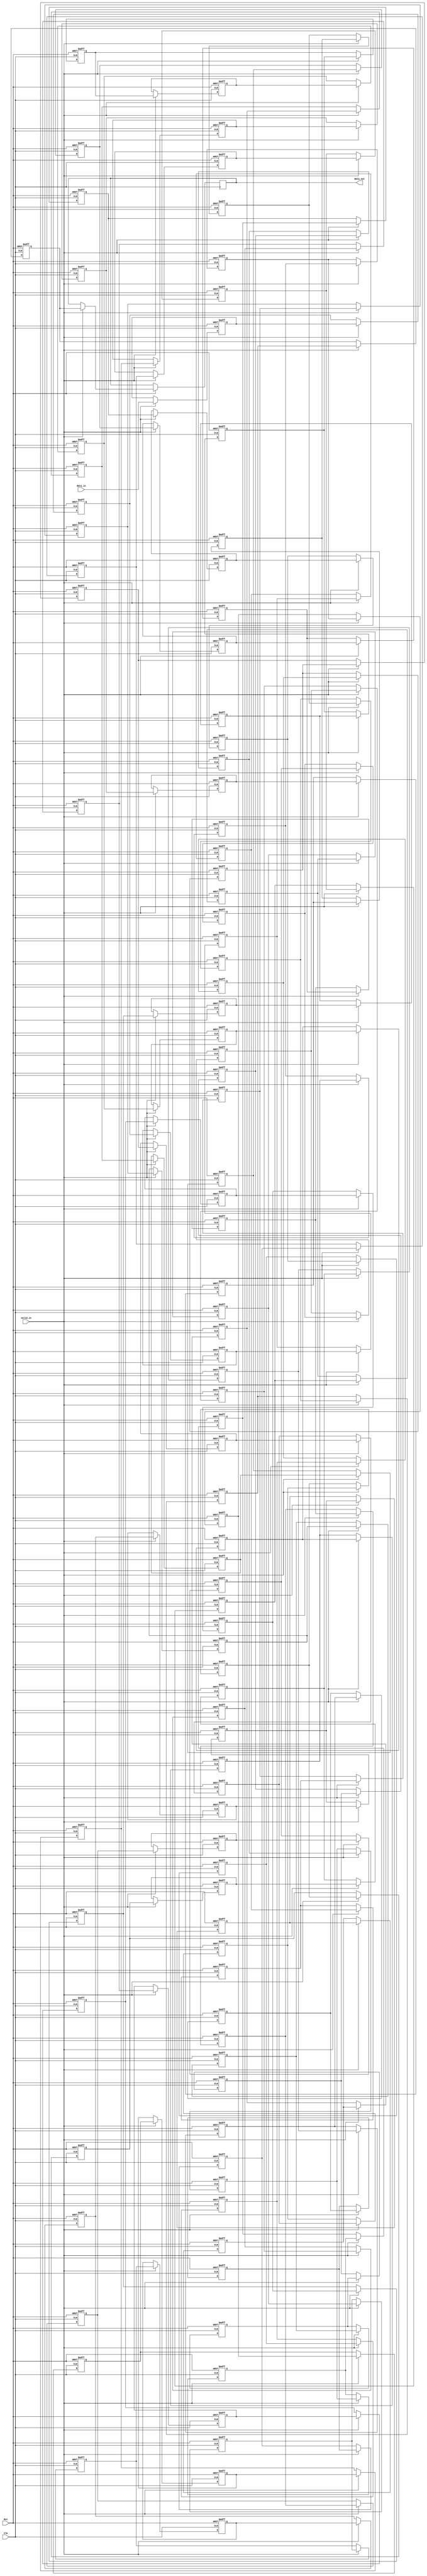
module LineBuffer(data_in, data_out, Clk, valid_in, Rst);
    parameter DATA_WIDTH = 8;
    parameter BUFFER_DEPTH = 97;

    input  Clk, valid_in, Rst;
    input  [DATA_WIDTH - 1:0] data_in;

    output reg [DATA_WIDTH - 1:0] data_out;

	reg [DATA_WIDTH - 1:0] Buffer [BUFFER_DEPTH - 1:0];
	 
    always @ (posedge Clk or negedge Rst) begin
        if (!Rst) begin
            Buffer[0] <= 0;
            Buffer[1] <= 0;
            Buffer[2] <= 0;
            Buffer[3] <= 0;
            Buffer[4] <= 0;
            Buffer[5] <= 0;
            Buffer[6] <= 0;
            Buffer[7] <= 0;
            Buffer[8] <= 0;
            Buffer[9] <= 0;
            Buffer[10] <= 0;
            Buffer[11] <= 0;
            Buffer[12] <= 0;
            Buffer[13] <= 0;
            Buffer[14] <= 0;
            Buffer[15] <= 0;
            Buffer[16] <= 0;
            Buffer[17] <= 0;
            Buffer[18] <= 0;
            Buffer[19] <= 0;
            Buffer[20] <= 0;
            Buffer[21] <= 0;
            Buffer[22] <= 0;
            Buffer[23] <= 0;
            Buffer[24] <= 0;
            Buffer[25] <= 0;
            Buffer[26] <= 0;
            Buffer[27] <= 0;
            Buffer[28] <= 0;
            Buffer[29] <= 0;
            Buffer[30] <= 0;
            Buffer[31] <= 0;
            Buffer[32] <= 0;
            Buffer[33] <= 0;
            Buffer[34] <= 0;
            Buffer[35] <= 0;
            Buffer[36] <= 0;
            Buffer[37] <= 0;
            Buffer[38] <= 0;
            Buffer[39] <= 0;
            Buffer[40] <= 0;
            Buffer[41] <= 0;
            Buffer[42] <= 0;
            Buffer[43] <= 0;
            Buffer[44] <= 0;
            Buffer[45] <= 0;
            Buffer[46] <= 0;
            Buffer[47] <= 0;
            Buffer[48] <= 0;
            Buffer[49] <= 0;
            Buffer[50] <= 0;
            Buffer[51] <= 0;
            Buffer[52] <= 0;
            Buffer[53] <= 0;
            Buffer[54] <= 0;
            Buffer[55] <= 0;
            Buffer[56] <= 0;
            Buffer[57] <= 0;
            Buffer[58] <= 0;
            Buffer[59] <= 0;
            Buffer[60] <= 0;
            Buffer[61] <= 0;
            Buffer[62] <= 0;
            Buffer[63] <= 0;
            Buffer[64] <= 0;
            Buffer[65] <= 0;
            Buffer[66] <= 0;
            Buffer[67] <= 0;
            Buffer[68] <= 0;
            Buffer[69] <= 0;
            Buffer[70] <= 0;
            Buffer[71] <= 0;
            Buffer[72] <= 0;
            Buffer[73] <= 0;
            Buffer[74] <= 0;
            Buffer[75] <= 0;
            Buffer[76] <= 0;
            Buffer[77] <= 0;
            Buffer[78] <= 0;
            Buffer[79] <= 0;
            Buffer[80] <= 0;
            Buffer[81] <= 0;
            Buffer[82] <= 0;
            Buffer[83] <= 0;
            Buffer[84] <= 0;
            Buffer[85] <= 0;
            Buffer[86] <= 0;
            Buffer[87] <= 0;
            Buffer[88] <= 0;
            Buffer[89] <= 0;
            Buffer[90] <= 0;
            Buffer[91] <= 0;
            Buffer[92] <= 0;
            Buffer[93] <= 0;
            Buffer[94] <= 0;
            Buffer[95] <= 0;
            Buffer[96] <= 0;
        end else
        if (valid_in) begin
            data_out <= Buffer[BUFFER_DEPTH - 1];
            
            Buffer[1] <= Buffer[0];
            Buffer[2] <= Buffer[1];
            Buffer[3] <= Buffer[2];
            Buffer[4] <= Buffer[3];
            Buffer[5] <= Buffer[4];
            Buffer[6] <= Buffer[5];
            Buffer[7] <= Buffer[6];
            Buffer[8] <= Buffer[7];
            Buffer[9] <= Buffer[8];
            Buffer[10] <= Buffer[9];
            Buffer[11] <= Buffer[10];
            Buffer[12] <= Buffer[11];
            Buffer[13] <= Buffer[12];
            Buffer[14] <= Buffer[13];
            Buffer[15] <= Buffer[14];
            Buffer[16] <= Buffer[15];
            Buffer[17] <= Buffer[16];
            Buffer[18] <= Buffer[17];
            Buffer[19] <= Buffer[18];
            Buffer[20] <= Buffer[19];
            Buffer[21] <= Buffer[20];
            Buffer[22] <= Buffer[21];
            Buffer[23] <= Buffer[22];
            Buffer[24] <= Buffer[23];
            Buffer[25] <= Buffer[24];
            Buffer[26] <= Buffer[25];
            Buffer[27] <= Buffer[26];
            Buffer[28] <= Buffer[27];
            Buffer[29] <= Buffer[28];
            Buffer[30] <= Buffer[29];
            Buffer[31] <= Buffer[30];
            Buffer[32] <= Buffer[31];
            Buffer[33] <= Buffer[32];
            Buffer[34] <= Buffer[33];
            Buffer[35] <= Buffer[34];
            Buffer[36] <= Buffer[35];
            Buffer[37] <= Buffer[36];
            Buffer[38] <= Buffer[37];
            Buffer[39] <= Buffer[38];
            Buffer[40] <= Buffer[39];
            Buffer[41] <= Buffer[40];
            Buffer[42] <= Buffer[41];
            Buffer[43] <= Buffer[42];
            Buffer[44] <= Buffer[43];
            Buffer[45] <= Buffer[44];
            Buffer[46] <= Buffer[45];
            Buffer[47] <= Buffer[46];
            Buffer[48] <= Buffer[47];
            Buffer[49] <= Buffer[48];
            Buffer[50] <= Buffer[49];
            Buffer[51] <= Buffer[50];
            Buffer[52] <= Buffer[51];
            Buffer[53] <= Buffer[52];
            Buffer[54] <= Buffer[53];
            Buffer[55] <= Buffer[54];
            Buffer[56] <= Buffer[55];
            Buffer[57] <= Buffer[56];
            Buffer[58] <= Buffer[57];
            Buffer[59] <= Buffer[58];
            Buffer[60] <= Buffer[59];
            Buffer[61] <= Buffer[60];
            Buffer[62] <= Buffer[61];
            Buffer[63] <= Buffer[62];
            Buffer[64] <= Buffer[63];
            Buffer[65] <= Buffer[64];
            Buffer[66] <= Buffer[65];
            Buffer[67] <= Buffer[66];
            Buffer[68] <= Buffer[67];
            Buffer[69] <= Buffer[68];
            Buffer[70] <= Buffer[69];
            Buffer[71] <= Buffer[70];
            Buffer[72] <= Buffer[71];
            Buffer[73] <= Buffer[72];
            Buffer[74] <= Buffer[73];
            Buffer[75] <= Buffer[74];
            Buffer[76] <= Buffer[75];
            Buffer[77] <= Buffer[76];
            Buffer[78] <= Buffer[77];
            Buffer[79] <= Buffer[78];
            Buffer[80] <= Buffer[79];
            Buffer[81] <= Buffer[80];
            Buffer[82] <= Buffer[81];
            Buffer[83] <= Buffer[82];
            Buffer[84] <= Buffer[83];
            Buffer[85] <= Buffer[84];
            Buffer[86] <= Buffer[85];
            Buffer[87] <= Buffer[86];
            Buffer[88] <= Buffer[87];
            Buffer[89] <= Buffer[88];
            Buffer[90] <= Buffer[89];
            Buffer[91] <= Buffer[90];
            Buffer[92] <= Buffer[91];
            Buffer[93] <= Buffer[92];
            Buffer[94] <= Buffer[93];
            Buffer[95] <= Buffer[94];
            Buffer[96] <= Buffer[95];
            
            Buffer[0] <= data_in;
        end else begin
            Buffer[0] <= Buffer[0];
            Buffer[1] <= Buffer[1];
            Buffer[2] <= Buffer[2];
            Buffer[3] <= Buffer[3];
            Buffer[4] <= Buffer[4];
            Buffer[5] <= Buffer[5];
            Buffer[6] <= Buffer[6];
            Buffer[7] <= Buffer[7];
            Buffer[8] <= Buffer[8];
            Buffer[9] <= Buffer[9];
            Buffer[10] <= Buffer[10];
            Buffer[11] <= Buffer[11];
            Buffer[12] <= Buffer[12];
            Buffer[13] <= Buffer[13];
            Buffer[14] <= Buffer[14];
            Buffer[15] <= Buffer[15];
            Buffer[16] <= Buffer[16];
            Buffer[17] <= Buffer[17];
            Buffer[18] <= Buffer[18];
            Buffer[19] <= Buffer[19];
            Buffer[20] <= Buffer[20];
            Buffer[21] <= Buffer[21];
            Buffer[22] <= Buffer[22];
            Buffer[23] <= Buffer[23];
            Buffer[24] <= Buffer[24];
            Buffer[25] <= Buffer[25];
            Buffer[26] <= Buffer[26];
            Buffer[27] <= Buffer[27];
            Buffer[28] <= Buffer[28];
            Buffer[29] <= Buffer[29];
            Buffer[30] <= Buffer[30];
            Buffer[31] <= Buffer[31];
            Buffer[32] <= Buffer[32];
            Buffer[33] <= Buffer[33];
            Buffer[34] <= Buffer[34];
            Buffer[35] <= Buffer[35];
            Buffer[36] <= Buffer[36];
            Buffer[37] <= Buffer[37];
            Buffer[38] <= Buffer[38];
            Buffer[39] <= Buffer[39];
            Buffer[40] <= Buffer[40];
            Buffer[41] <= Buffer[41];
            Buffer[42] <= Buffer[42];
            Buffer[43] <= Buffer[43];
            Buffer[44] <= Buffer[44];
            Buffer[45] <= Buffer[45];
            Buffer[46] <= Buffer[46];
            Buffer[47] <= Buffer[47];
            Buffer[48] <= Buffer[48];
            Buffer[49] <= Buffer[49];
            Buffer[50] <= Buffer[50];
            Buffer[51] <= Buffer[51];
            Buffer[52] <= Buffer[52];
            Buffer[53] <= Buffer[53];
            Buffer[54] <= Buffer[54];
            Buffer[55] <= Buffer[55];
            Buffer[56] <= Buffer[56];
            Buffer[57] <= Buffer[57];
            Buffer[58] <= Buffer[58];
            Buffer[59] <= Buffer[59];
            Buffer[60] <= Buffer[60];
            Buffer[61] <= Buffer[61];
            Buffer[62] <= Buffer[62];
            Buffer[63] <= Buffer[63];
            Buffer[64] <= Buffer[64];
            Buffer[65] <= Buffer[65];
            Buffer[66] <= Buffer[66];
            Buffer[67] <= Buffer[67];
            Buffer[68] <= Buffer[68];
            Buffer[69] <= Buffer[69];
            Buffer[70] <= Buffer[70];
            Buffer[71] <= Buffer[71];
            Buffer[72] <= Buffer[72];
            Buffer[73] <= Buffer[73];
            Buffer[74] <= Buffer[74];
            Buffer[75] <= Buffer[75];
            Buffer[76] <= Buffer[76];
            Buffer[77] <= Buffer[77];
            Buffer[78] <= Buffer[78];
            Buffer[79] <= Buffer[79];
            Buffer[80] <= Buffer[80];
            Buffer[81] <= Buffer[81];
            Buffer[82] <= Buffer[82];
            Buffer[83] <= Buffer[83];
            Buffer[84] <= Buffer[84];
            Buffer[85] <= Buffer[85];
            Buffer[86] <= Buffer[86];
            Buffer[87] <= Buffer[87];
            Buffer[88] <= Buffer[88];
            Buffer[89] <= Buffer[89];
            Buffer[90] <= Buffer[90];
            Buffer[91] <= Buffer[91];
            Buffer[92] <= Buffer[92];
            Buffer[93] <= Buffer[93];
            Buffer[94] <= Buffer[94];
            Buffer[95] <= Buffer[95];
            Buffer[96] <= Buffer[96];
        end
	end
endmodule